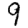
Digit: 9